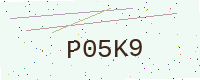
Text: P05K9